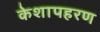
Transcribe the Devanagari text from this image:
केशापहरण